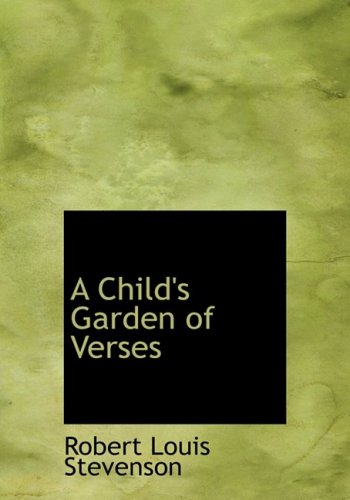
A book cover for A Child's Garden of Verses (Large Print Edition); Robert Louis Stevenson; Literature & Fiction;